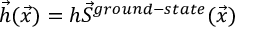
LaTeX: \vec { h } ( \vec { x } ) = h \vec { S } ^ { g r o u n d - s t a t e } ( \vec { x } )